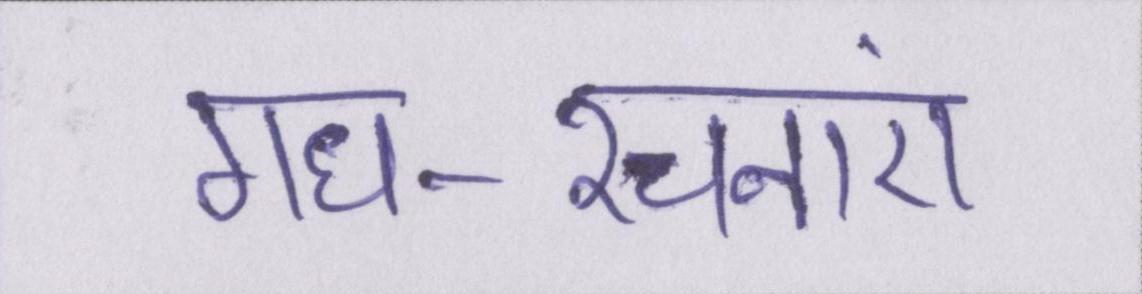
गध-रचनाएं